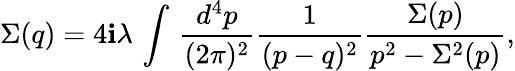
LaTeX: \Sigma(q)=4\mathbf{i}\lambda\, \int\, \frac{{d^{4}p}}{{(2\pi)^{2}}}\frac{{1}}{{(p-q)^{2}}}\frac{{\Sigma(p)}}{{p^{2}-\Sigma^{2}(p)}},